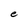
Character: e